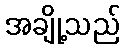
အချို့သည်